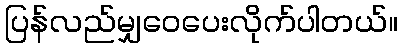
ပြန်လည်မျှဝေပေးလိုက်ပါတယ်။